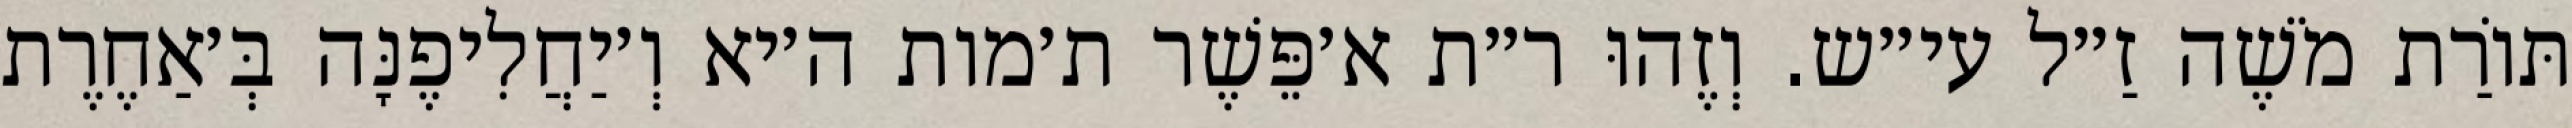
תּוֹרַת מֹשֶׁה זַ״ל עי״ש. וְזֶהוּ ר״ת א׳פֵּשֶׁר ת׳מות ה׳יא וְ׳יַחֲלִיפֶנָּה בְּ׳אַחֶרֶת